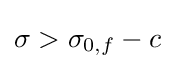
\sigma >\sigma _{0,f}-c